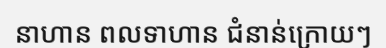
នាហាន ពលទាហាន ជំនាន់ក្រោយៗ